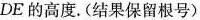
DE的高度。(结果保留根号)